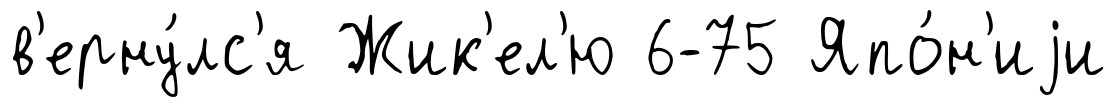
в'ерну́лс'я Жик'ел'ю 6-75 Япо́н'иjи